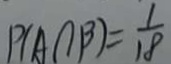
P ( A \cap B ) = \frac { 1 } { 1 8 }